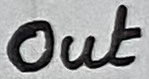
Text: Out